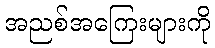
အညစ်အကြေးများကို